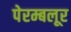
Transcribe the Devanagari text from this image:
पेरम्बलूर